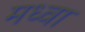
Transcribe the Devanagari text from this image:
मध्वा